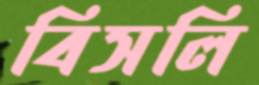
বিসলি